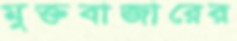
মুক্তবাজারের